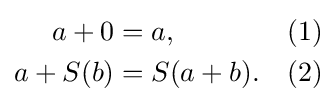
{\begin{aligned}a+0&=a,&{\textrm {(1)}}\\a+S(b)&=S(a+b).&{\textrm {(2)}}\end{aligned}}